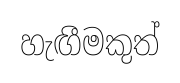
හැඟීමකුත්